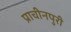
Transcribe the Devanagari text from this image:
प्राचीनपुरी